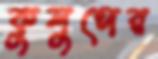
কুলুপের